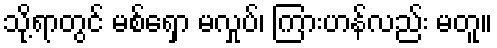
သို့ရာတွင် မစ်ရှော မလှုပ်၊ ကြားဟန်လည်း မတူ။